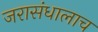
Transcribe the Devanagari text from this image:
जरासंधालाच